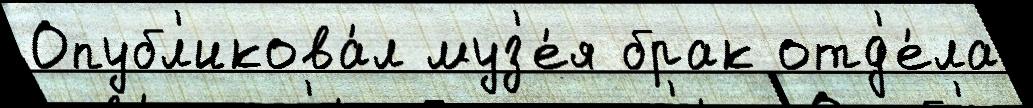
Опубл'икова́л муз'е́я брак отд'е́ла